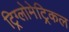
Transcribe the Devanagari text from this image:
ट्रिग्लोमेट्रिकल